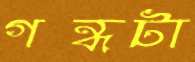
গন্ধটা